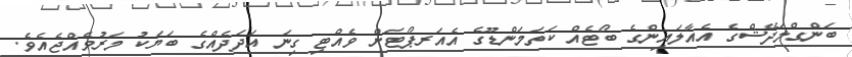
ބަންގްލަދޭޝްގެ އެއާލައިންގެ ބޯޓެއް ކަތަމަންޑޫގެ އެއަރޕޯޓަށް ވެއްޓި ގިނަ އަދަދެއްގެ ބަޔަކު މަރުވެއްޖެއެވެ.